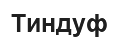
Тиндуф